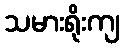
သမားရိုးကျ